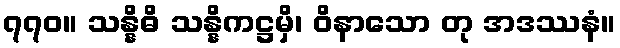
၇၇၀။ သန္နိဓိ သန္နိကဋ္ဌမှိ၊ ဝိနာသော တု အဒဿနံ။